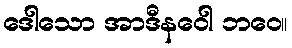
ဒေါသော အာဒီနဝေါ ဘဝေ။